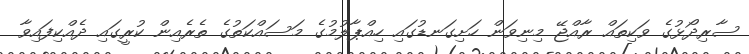
ސާރިދޯޅުގެ ވަކިތައް ރާއްޖޭ މިނިވަން ހަށިގަނޑުގައި ހިއްޕާލުމުގެ މަސައްކަތުގެ ތެރެއިން ކުރީގައި ދެއްކިފައިވާ